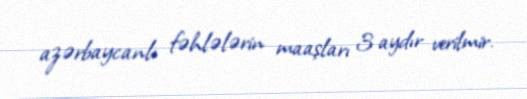
azərbaycanlı fəhlələrin maaşları 3 aydır verilmir.